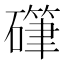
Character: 𰧤